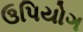
ઉપિયોગ